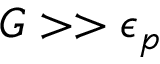
G > > \epsilon _ { p }